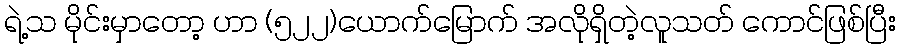
ရဲ့သ မိုင်းမှာတော့ ဟာ (၅၂၂)ယောက်မြောက် အလိုရှိတဲ့လူသတ် ကောင်ဖြစ်ပြီး